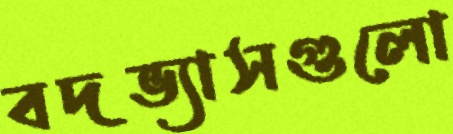
বদভ্যাসগুলো